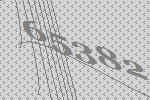
65382